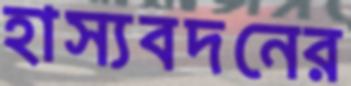
হাস্যবদনের